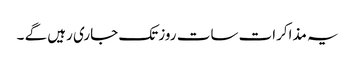
یہ مذاکرات سات روز تک جاری رہیں گے ۔